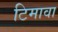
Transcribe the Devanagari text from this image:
टिमावा